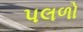
પલળો